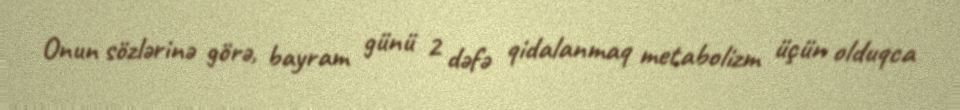
Onun sözlərinə görə, bayram günü 2 dəfə qidalanmaq metabolizm üçün olduqca